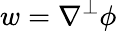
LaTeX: w=\nabla^{\perp}\phi